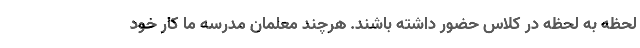
لحظه به لحظه در کلاس حضور داشته باشند. هرچند معلمان مدرسه ما کار خود